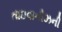
તાઇવાનીઝની